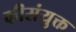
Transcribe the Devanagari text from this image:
कीसंयुक्त